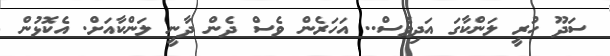
ސަދޫ ހުރީ ލަންކާގަ އަދިވެސް.. އަހަރެން ވެސް ދެން ދާނީ ލަންކާއަށް. އެކޮޅުން